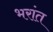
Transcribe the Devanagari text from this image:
भरांत